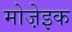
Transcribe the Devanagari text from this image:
मोजे़इक